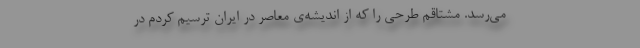
می‌رسد. مشتاقم طرحی را که از اندیشه‌ی معاصر در ایران ترسیم کردم در